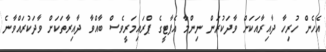
އެހެން ހުރިހާ ދާއިރާއަކަށް ވާދަކުރަން ނިންމާ އެޕާޓީގެ ޕްރައިމަރީވެސް ބާއްވާ ދާއިރާތަކަށް ވާދަކުރައްވާނެ